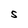
Character: S